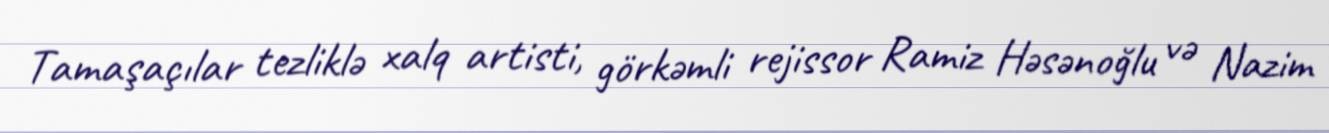
Tamaşaçılar tezliklə xalq artisti, görkəmli rejissor Ramiz Həsənoğlu və Nazim